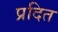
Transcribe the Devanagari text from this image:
प्रदित